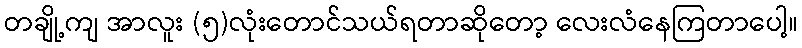
တချို့ကျ အာလူး (၅)လုံးတောင်သယ်ရတာဆိုတော့ လေးလံနေကြတာပေါ့။